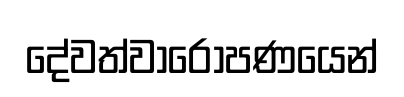
දේවත්වාරෝපණයෙන්